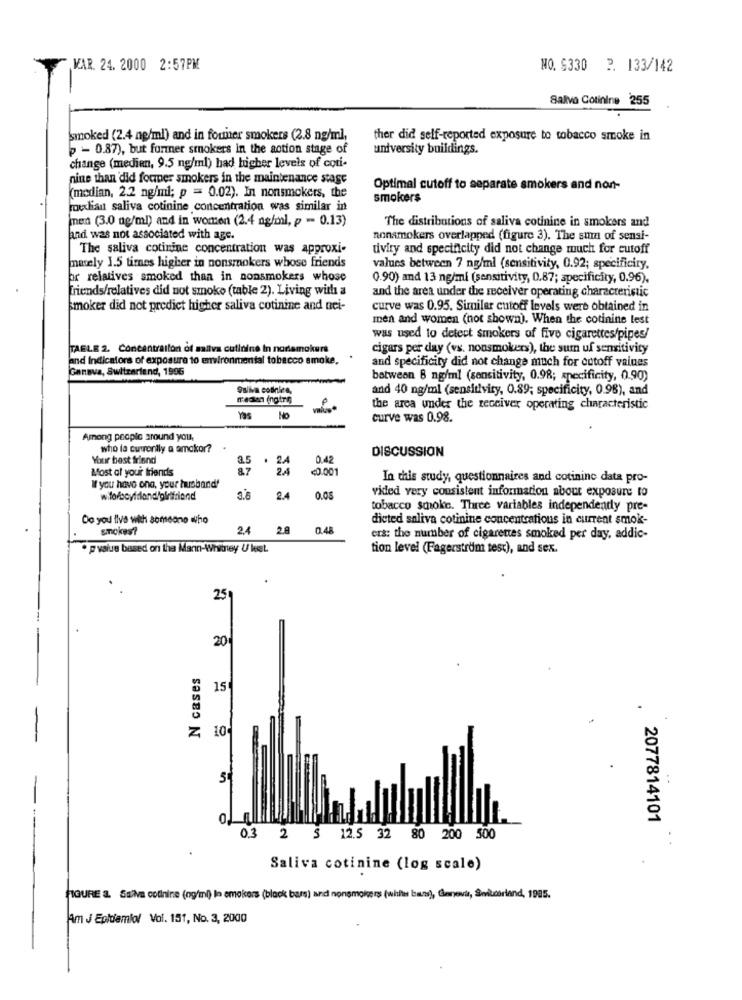
WAR. 24. 2000 2:57PM
NO. 6330 2. 133/142
Saliva Cotinine 255
smoked (2.4 ng/ml) and in founer smokers (2.8 ng/ml,
ther did self-reported exposure to tobacco smoke in
p - 0.87), but foriner smokers in the action stage of
university buildings.
change (medien, 9.5 ng/ml) had higher levels of coti-
nine than did forner smokers in the maintenance stage
Optimal cutoff to separate smokers and non-
(median, 2.2 ng/ml; p = 0.02). In nonsmokers, the
smokers
moudian saliva cotinine concentration was similar in
net (3.0 ng/ml) and in women (2.4 ng/ml, p - 0.13)
The distributions of saliva cotinine in smokers and
and was not associated with age.
nonsmokers overlapped (figure 3). The sum of sensi-
The saliva cotinine concentration was approxi-
tivity and specificity did not change much for cutoff
mately 1.5 times higher in nonsmokers whose friends
values between 7 ng/ml (sensitivity, 0.92; specificiry,
For relatives smoked than in nonsmokers whose
0.90) and 13 ng/ml (sensitivity, 0.87; specificity, 0.96).
friends/relatives did not smoke (table 2). Living with a
and the area under the receiver operating characteristic
smoker did not predict higher saliva cotinine and nei-
curve was 0.95. Similar cutoff levels were obtained in
men and women (not shown). When the cotinine lest
was used to detect smokers of five cigarettes/pipes/
TAELE 2. Concentration of saliva cutinine in noramokurs
cigars per day (vs. nonsmokers), the sum uf sensitivity
and Indicators of exposure to environmental tobacco smoke.
and specificity did not change much for cutoff values
Genova, Switzerland, 1996
between 8 ng/ml (sensitivity, 0.98; specificity, 0.90)
Saliva cobrica,
and 40 ng/ml (sensitivity, 0.89; specificity, 0.98), and
median ingtrig
the area under the receiver operating characteristic
NO
curve was 0.98.
-
Among people around you,
who la currently a amokor?
DISCUSSION
Your best friend
2.5
.
2.4
0.42
Most of your friends
87
2.4
<0.001
In this study, questionnaires and cotininc data pro-
W you have ona, your husband"
3.6
2.4
0.05
vided very consistent information about exposure to
tobacco schoko. Three variables independenty pre-
Do you live with someone who
dicted saliva cotinine concentrations in current smok-
smokes?
24
2.8
0.48
ers: the number of cigarettes smoked per day, addic-
. pvalue based on the Mann-Whitney U lest.
tion level (Fagerström tesc), and sex.
259
20
N cases
15
Z 10
5
..
2077814101
0.3 2 5 12.5 32 80 200 500
Saliva cotinine (log scale)
FIGURE & Sala colinine (ng/ml) In emokors (black bars) and nonsmokers (whle bens), Geneva, Serikdirland, 1985.
Am J Epidemiol Vol. 151, No. 3, 2000